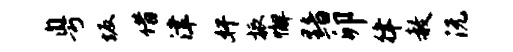
粤坂借津奸振懈黯卯律赦沅